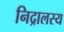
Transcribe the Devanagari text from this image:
निद्रालस्य